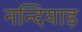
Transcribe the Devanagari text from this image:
नन्दियाड़